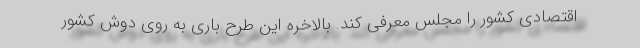
اقتصادی کشور را مجلس معرفی کند. بالاخره این طرح باری به روی دوش کشور